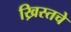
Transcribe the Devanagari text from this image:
ख्रिस्तचे